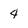
Character: 4